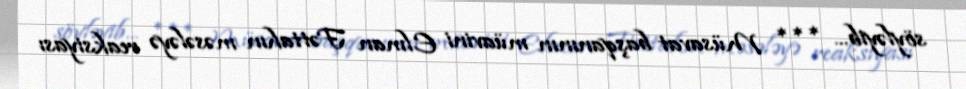
söyləyib... *** Müsavat başqanının müavini Elman Fəttahın məsələyə reaksiyası